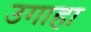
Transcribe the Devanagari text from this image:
उगाहा